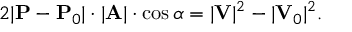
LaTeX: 2 | \mathbf { P } - \mathbf { P } _ { 0 } | \cdot | \mathbf { A } | \cdot \cos \alpha = | \mathbf { V } | ^ { 2 } - | \mathbf { V } _ { 0 } | ^ { 2 } .